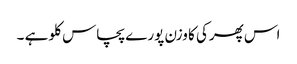
اس پھرکی کا وزن پورے پچاس کلو ہے ۔